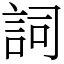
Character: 詞